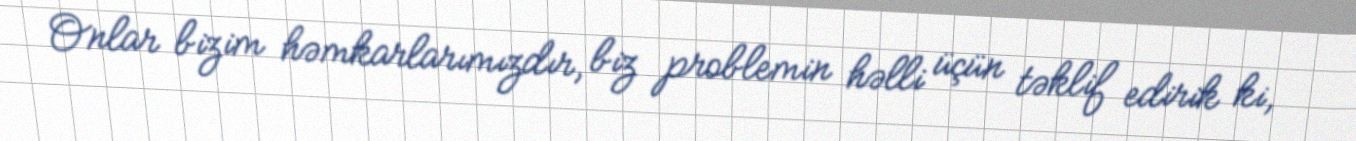
Onlar bizim həmkarlarımızdır, biz problemin həlli üçün təklif edirik ki,